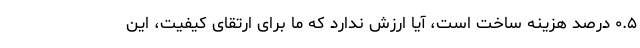
۰.۵ درصد هزینه ساخت است، آیا ارزش ندارد که ما برای ارتقای کیفیت، این